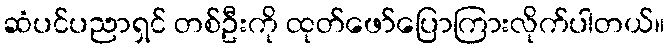
ဆံပင်ပညာရှင် တစ်ဦးကို ထုတ်ဖော်ပြောကြားလိုက်ပါတယ်။